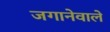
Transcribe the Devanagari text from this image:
जगानेवाले